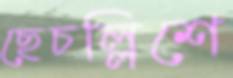
ছেচল্লিশে